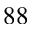
^ { 8 8 }